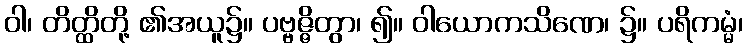
ဝါ၊ တိတ္ထိတို့ ၏အယူ၌။ ပဗ္ဗဇ္ဇိတွာ၊ ၍။ ဝါယောကသိဏေ၊ ၌။ ပရိကမ္မံ၊